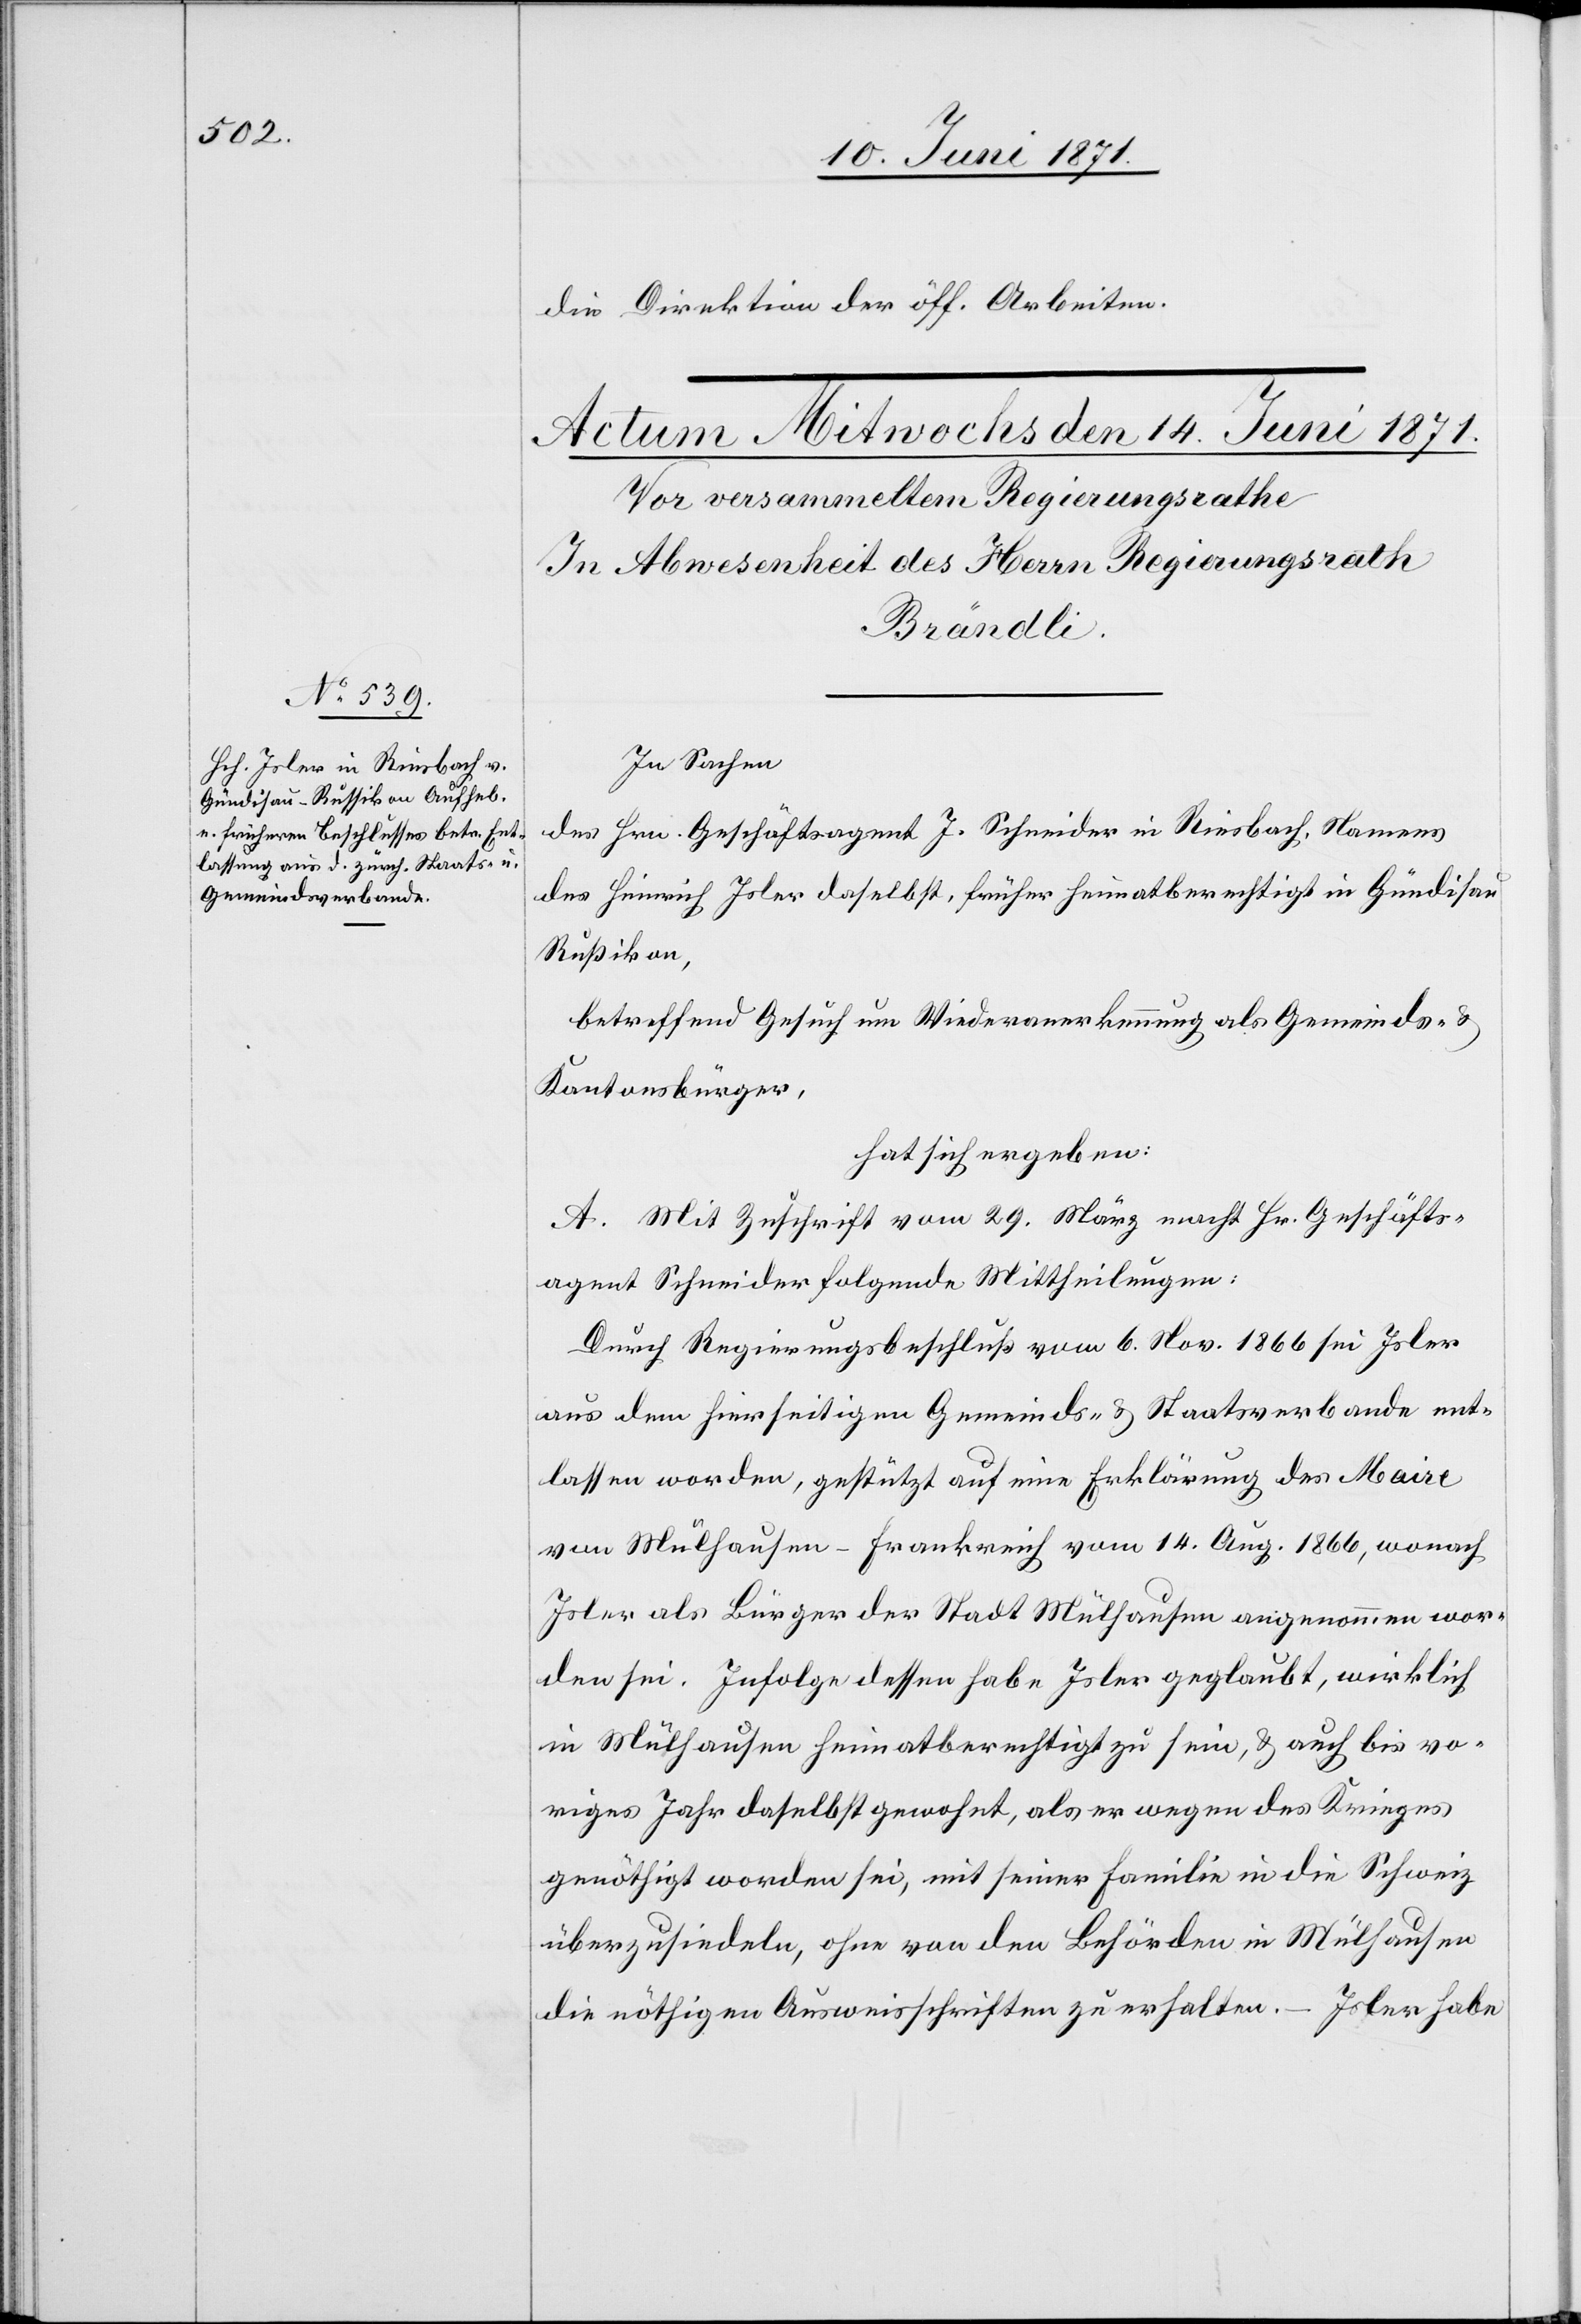
die Direktion der öff. Arbeiten.
In Sachen
des Hrn. Geschäftsagent J. Schneider in Riesbach, Namens
des Heinrich Isler daselbst, früher heimatberechtigt in Gündisau
Rußikon,
betreffend Gesuch um Wiederanerkennung als Gemeinds-
Kantonsbürger,
hat sich ergeben:
A. Mit Zuschrift vom 29. März macht Hr. Geschäfts¬
agent Schneider folgende Mittheilung:
Durch Regierungsbeschluß vom 6. Nov. 1866 sei Isler
aus dem hierseitigen Gemeinds- u. Staatsverbande ent¬
lassen worden, gestützt auf eine Erklärung des Maire
von Mülhausen-Frankreich vom 14. Aug. 1866, wonach
Isler als Bürger der Stadt Mülhausen angenommen wor¬
den sei. Infolge dessen habe Isler geglaubt, wirklich
in Mülhausen heimatberechtigt zu sein, u. auch bis vo¬
riges Jahr daselbst gewohnt, als er wegen des Krieges
genöthigt worden sei, mit seiner Familie in die Schweiz
überzusiedeln, ohne von den Behörden in Mülhausen
die nöthigen Ausweisschriften zu erhalten. – Isler habe